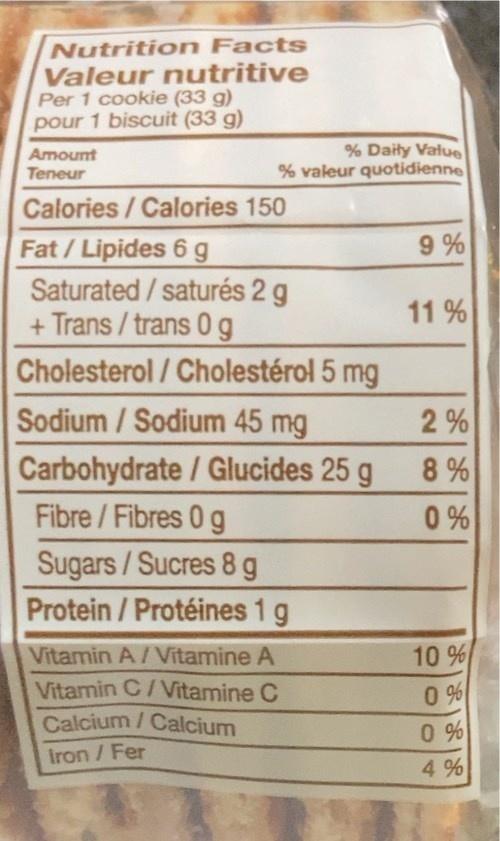
Nutrition Facts Valeur nutritive Per 1 cookie (33 g) pour 1 biscuit (33 g)
% Daity Value % valeur quotidienne
Amount
Teneur
Calories / Calories 150
Fat/Lipides 6 g Saturated /saturés 2 g + Trans / trans 0g Cholesterol / Cholestérol 5 mg
9 %
11 %
Sodium / Sodium 45 mg
2 %
Carbohydrate / Glucides 25 g Fibre /Fibres 0 g
0 %
Sugars/Sucres 8 g Protein / Protéines 1 g
Vitamin A/Vitamine A
10 %
Vitamin C/Vitamine C Calcium /Calcium Iron /Fer
0 % 0 %
4 %
|%一%